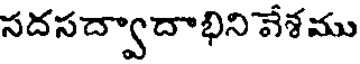
సదసద్వాదాభిని వేశము